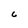
Character: C